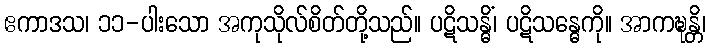
ဧကာဒသ၊ ၁၁-ပါးသော အကုသိုလ်စိတ်တို့သည်။ ပဋိသန္ဓိံ၊ ပဋိသန္ဓေကို။ အာကဍ္ဎန္တိ၊